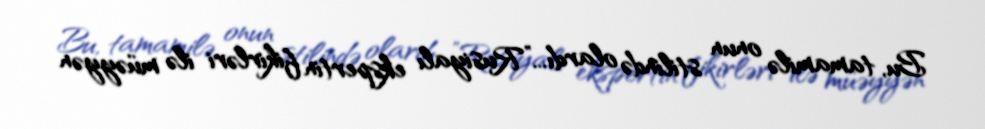
Bu, tamamilə onun stilində olardı...”Rusiyalı ekspertin fikirləri ilə müəyyən